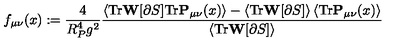
f _ { \mu \nu } ( x ) : = \frac { 4 } { R _ { P } ^ { 4 } g ^ { 2 } } \frac { \left< \mathrm { T r } \mathbf { W } [ \partial S ] \mathrm { T r } \mathbf { P } _ { \mu \nu } ( x ) \right> - \left< \mathrm { T r } \mathbf { W } [ \partial S ] \right> \left< \mathrm { T r } \mathbf { P } _ { \mu \nu } ( x ) \right> } { \left< \mathrm { T r } \mathbf { W } [ \partial S ] \right> }